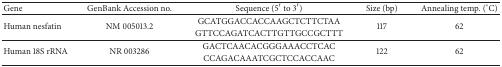
<table><thead><tr><td><b>Gene</b></td><td><b>GenBank Accession no.</b></td><td><b>Sequence (5′ to 3′)</b></td><td><b>Size (bp)</b></td><td><b>Annealing temp. (°C)</b></td></tr></thead><tbody><tr><td rowspan="2">Human nesfatin</td><td rowspan="2">NM 005013.2</td><td>GCATGGACCACCAAGCTCTTCTAA</td><td rowspan="2">117</td><td rowspan="2">62</td></tr><tr><td>GTTCCAGATCACTTGTTGCCGCTTT</td></tr><tr><td rowspan="2">Human 18S rRNA</td><td rowspan="2">NR 003286</td><td>GACTCAACACGGGAAACCTCAC</td><td rowspan="2">122</td><td rowspan="2">62</td></tr><tr><td>CCAGACAAATCGCTCCACCAAC</td></tr></tbody></table>